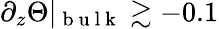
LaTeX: \partial_{z}\Theta\vert_{\mathrm{~b~u~l~k~}}\gtrsim-0.1